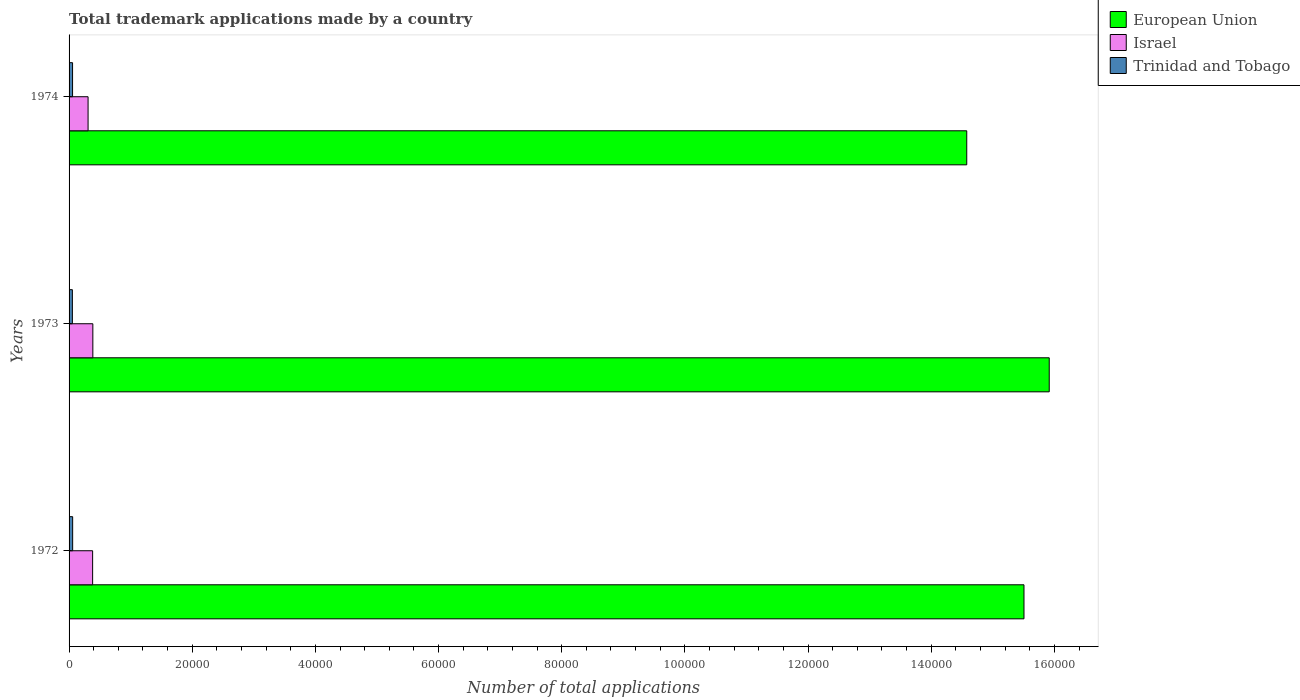
| Years | European Union | Israel | Trinidad and Tobago |
 | --- | --- | --- | --- |
 | 1972 | 1.55e+05 | 3.82e+03 | 582 |
 | 1973 | 1.59e+05 | 3.86e+03 | 536 |
 | 1974 | 1.46e+05 | 3.09e+03 | 567 |